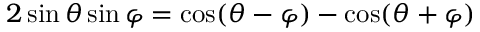
2 \sin \theta \sin \varphi = { \cos ( \theta - \varphi ) - \cos ( \theta + \varphi ) }